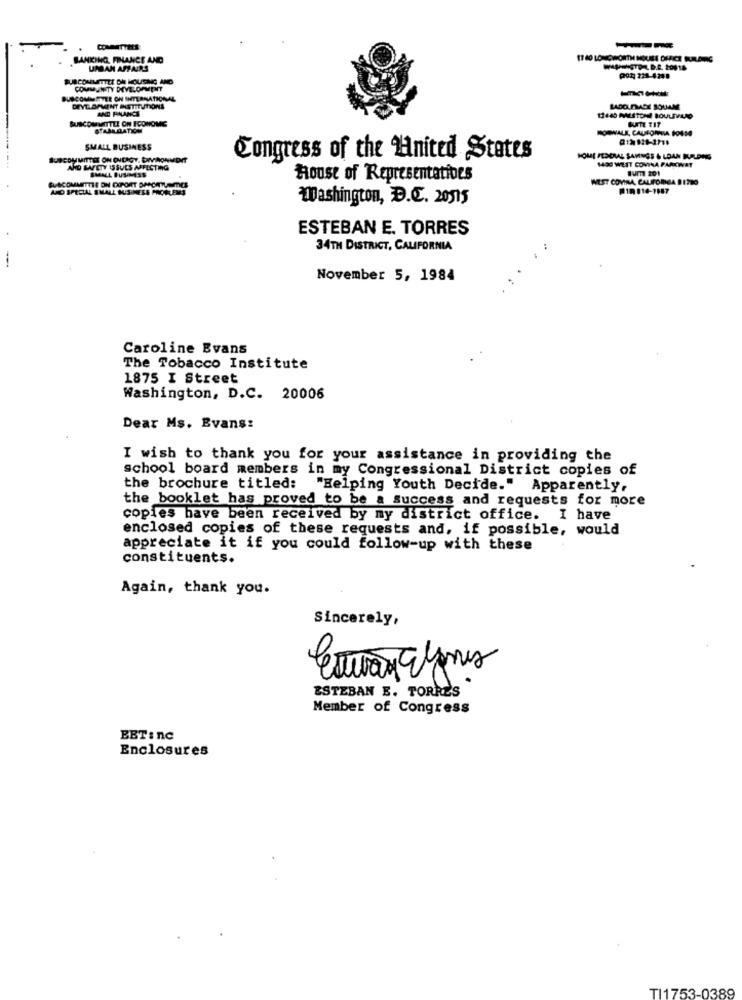
--
BANICING, FINANCE AND
11 40 LONGWORTH HOUSE DHACE BUILDING
UMAN AFFAIRS
SUBCOMMITTEE ON HOUSING AND
POR 221-4248
COMMUNITY DEVELOPMENT
PUBCOMMITEE ON INTERNATIONAL
DEVELOPMENT INSTITUTIONS
AND FINANCE
LADO PMADE SOUAM
BRISCOMMITTEE ON ECONOMG
BUTTE TIT
STAALDATION
212 928-3718
SMALL BUSINESS
SUBCOMMITTEE ON ENERGY. DVAONVOIT
Congress of the United States
HOME FEDERAL SAVINGS & LOAN KURLONG
14OG WEST COVINA PARKWAY
AND SAFETY ISSUES AFFECTING
SMALL BUSINESS
Tum 201
ACOMMITTEE ON EXPORT BANCATUNITY
House of Representatives
WEST COVINA, CALIFORGA BITO
AND SPECIAL SMALL BUSINESS PROBLEMS
10 114-1887
Washington, D.C. 20515
ESTEBAN E. TORRES
34TH DISTRICT, CALIFORNIA
November 5, 1984
Caroline Evans
The Tobacco Institute
1875 I Street
Washington, D.C. 20006
Dear Ms. Evans:
I wish to thank you for your assistance in providing the
school board members in my Congressional District copies of
the brochure titled: "Helping Youth Decide." Apparently,
the booklet has proved to be a success and requests for more
copies bave been received by my district office. I have
enclosed copies of these requests and, if possible, would
appreciate it if you could follow-up with these
constituents.
Again, thank you.
Sincerely,
ESTEBAN E. TORRES
Member of Congress
EBT: nc
Enclosures
TI1753-0389